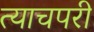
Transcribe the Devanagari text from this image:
त्याचपरी